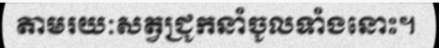
តាមរយៈសត្វជ្រូកនាំចូលទាំងនោះ។